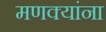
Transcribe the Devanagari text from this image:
मणक्यांना